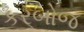
કરબોજ